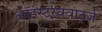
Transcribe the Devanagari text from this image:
ऑइस्टरक्वार्ट्ज